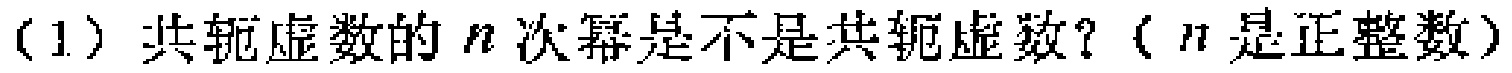
(1) 共轭虚数的\(n\)次幂是不是共轭虚数？（\(n\)是正整数）